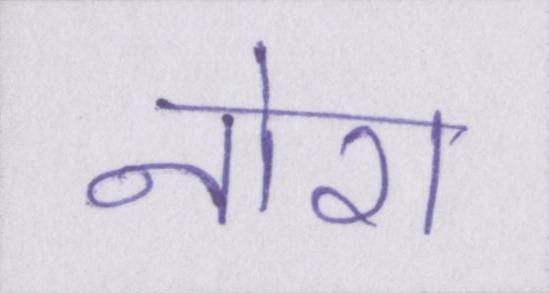
नोरा